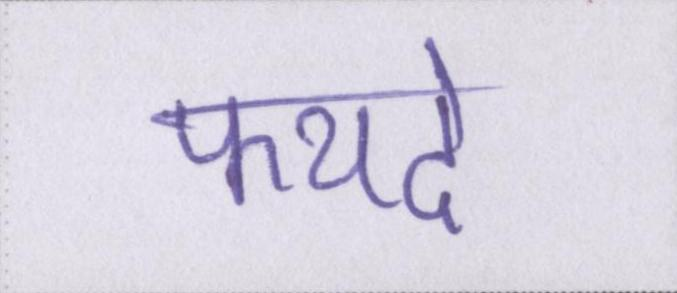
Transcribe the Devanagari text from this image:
फयदे